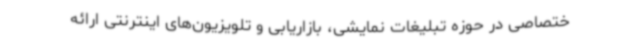
ختصاصی در حوزه تبلیغات نمایشی، بازاریابی و تلویزیون‌های اینترنتی ارائه